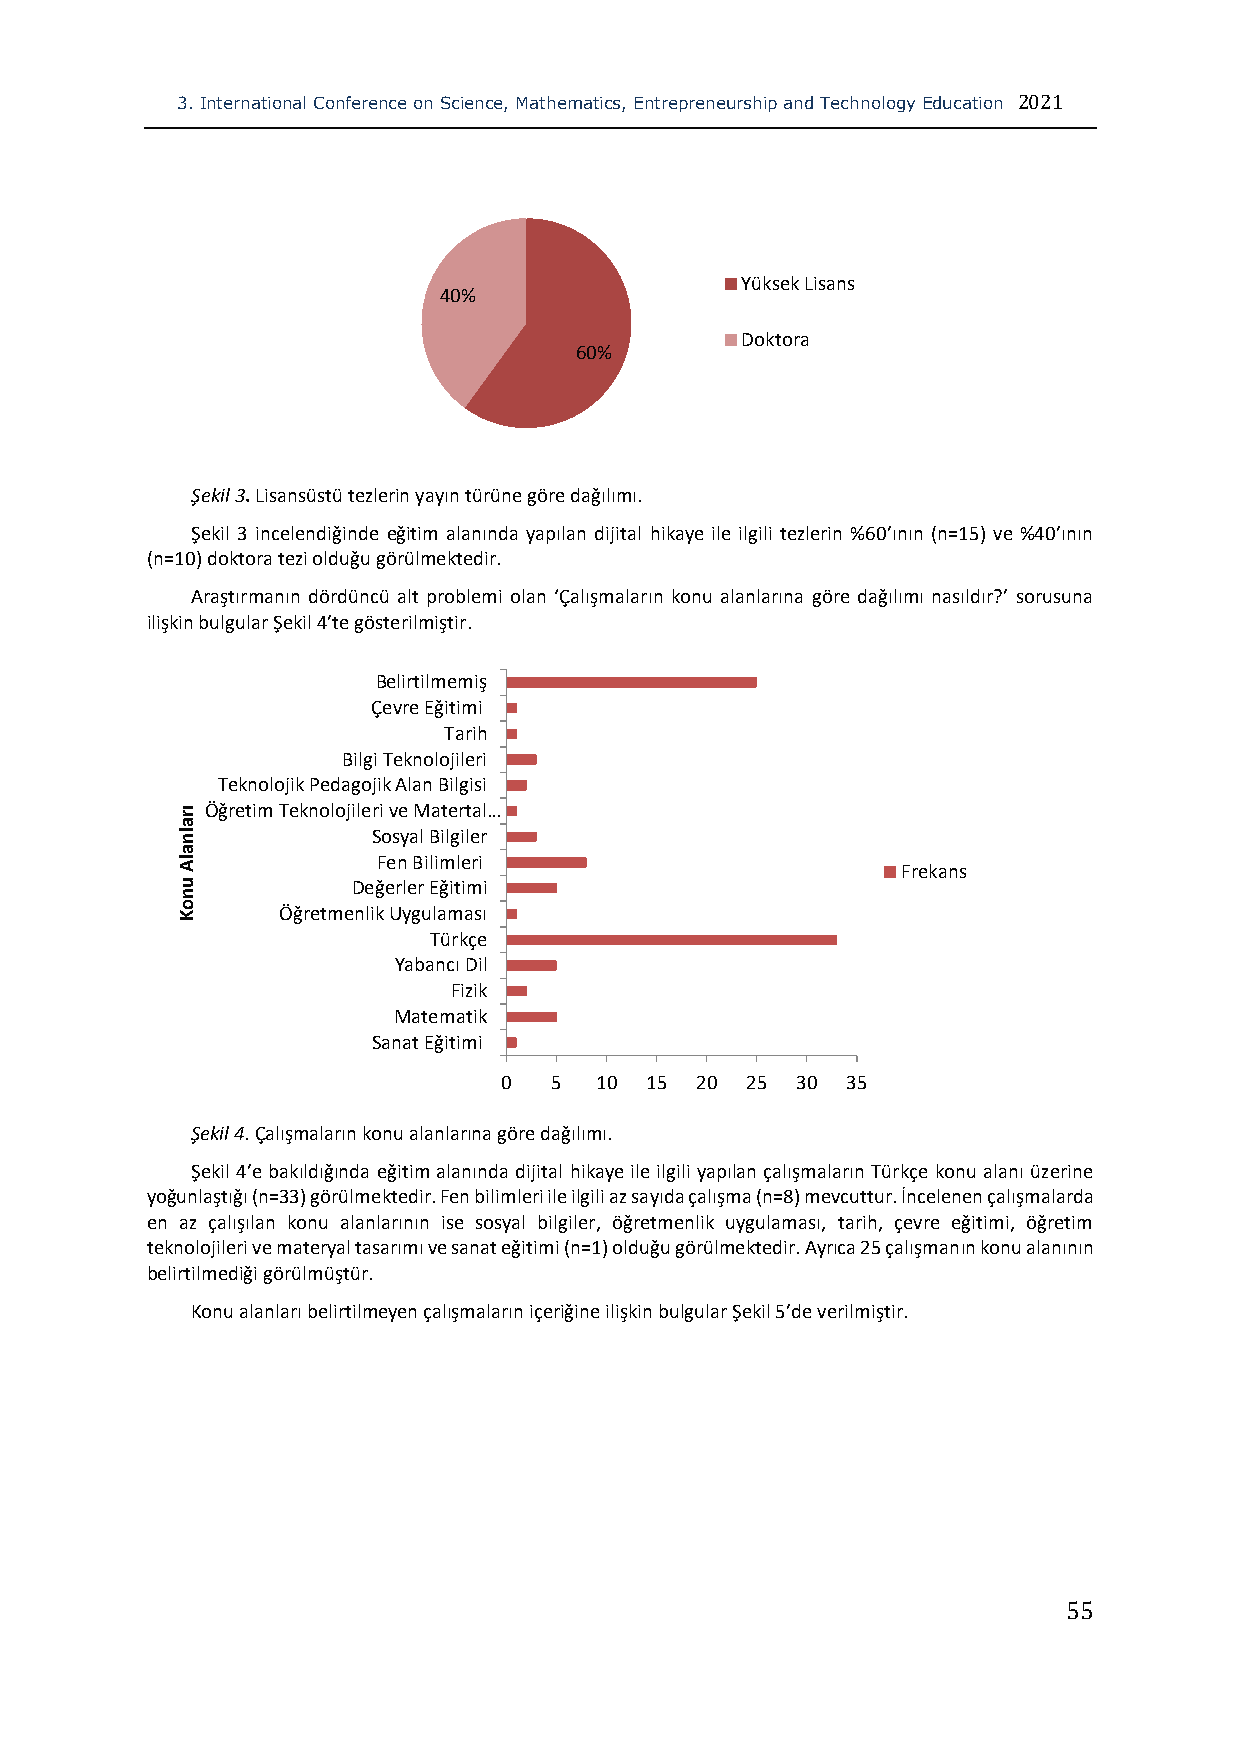
3. International Conference on Science, Mathematics, Entrepreneurship and Technology Education 2021
 Yüksek Lisans
 40%
 Doktora
 60%
 Şekil 3. Lisansüstü tezlerin yayın türüne göre dağılımı.
 Şekil 3 incelendiğinde eğitim alanında yapılan dijital hikaye ile ilgili tezlerin %60’ının (n=15) ve %40’ının
 (n=10) doktora tezi olduğu görülmektedir.
 Araştırmanın dördüncü alt problemi olan ‘Çalışmaların konu alanlarına göre dağılımı nasıldır?’ sorusuna
 ilişkin bulgular Şekil 4’te gösterilmiştir.
 Belirtilmemiş
 Çevre Eğitimi
 Tarih
 Bilgi Teknolojileri
 Teknolojik Pedagojik Alan Bilgisi
 ır Öğretim Teknolojileri ve Matertal…
 a
 ln           Sosyal Bilgiler
 a
 lA           Fen Bilimleri
 Frekans
 u          Değerler Eğitimi
 n
 o K   Öğretmenlik Uygulaması
 Türkçe
 Yabancı Dil
 Fizik
 Matematik
 Sanat Eğitimi
 0  5  10  15 20 25  30 35
 Şekil 4. Çalışmaların konu alanlarına göre dağılımı.
 Şekil 4’e bakıldığında eğitim alanında dijital hikaye ile ilgili yapılan çalışmaların Türkçe konu alanı üzerine
 yoğunlaştığı (n=33) görülmektedir. Fen bilimleri ile ilgili az sayıda çalışma (n=8) mevcuttur. İncelenen çalışmalarda
 en az çalışılan konu alanlarının ise sosyal bilgiler, öğretmenlik uygulaması, tarih, çevre eğitimi, öğretim
 teknolojileri ve materyal tasarımı ve sanat eğitimi (n=1) olduğu görülmektedir. Ayrıca 25 çalışmanın konu alanının
 belirtilmediği görülmüştür.
 Konu alanları belirtilmeyen çalışmaların içeriğine ilişkin bulgular Şekil 5’de verilmiştir.
 55